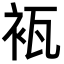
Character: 𮕰